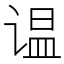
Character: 𲂑